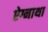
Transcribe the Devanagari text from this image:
ऐग्नाथा